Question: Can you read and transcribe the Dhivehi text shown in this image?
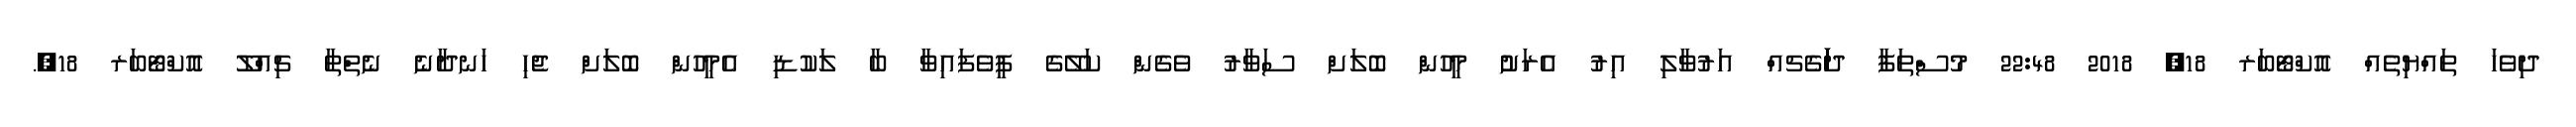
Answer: ދިވެހަ ތައްޔިތެއް އޮކްޓޯބަރ 18, 2018 22:48 މުސްތަފާ ދަަަަަަަގެޗއް އަރުވާލި އިރު އެރަށުު މީހުން ބޮލަށް ސަވާރު ވެގެން ކަލޭގެ ފީވެފައިވާ ބާ ލަކުޑި އެމީހުން ބޮލަށް ޖެހި ހަނދާނެ ނެތްތާ ޗިއްލޫ އޮކްޓޯބަރ 18,.